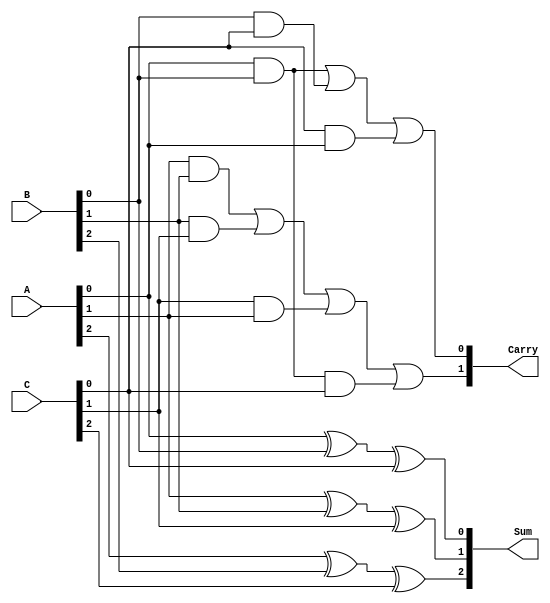
module CarrySaveAdder (
    input  [2:0] A,  // 3-bit input A
    input  [2:0] B,  // 3-bit input B
    input  [2:0] C,  // 3-bit input C
    output [2:0] Sum, // 3-bit output Sum
    output [1:0] Carry // 2-bit output Carry
);

// Sum calculation
assign Sum[0] = A[0] ^ B[0] ^ C[0]; // Sum for LSB
assign Sum[1] = A[1] ^ B[1] ^ C[1]; // Sum for next bit
assign Sum[2] = A[2] ^ B[2] ^ C[2]; // Sum for MSB

// Carry calculation
assign Carry[0] = (A[0] & B[0]) | (B[0] & C[0]) | (C[0] & A[0]); // Carry for LSB
assign Carry[1] = (A[1] & B[1]) | (B[1] & C[1]) | (C[1] & A[1]) | (A[0] & B[0] & C[0]); // Carry for next bit

endmodule